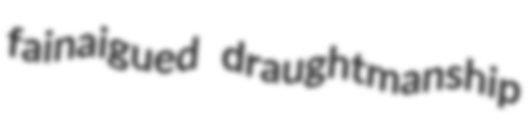
fainaigued draughtmanship